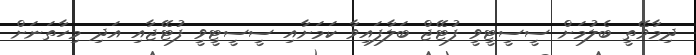
ދިމާވޭތީ ބެލުމަށް ސީސީޓީވީ ފުޓޭޖް ބަލާފައިވާ ކަމަށާއި ސީސީޓީވީ ފުޓޭޖާއި އަދި މިހާތަނަށް